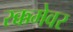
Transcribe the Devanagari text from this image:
रक्कमेवर